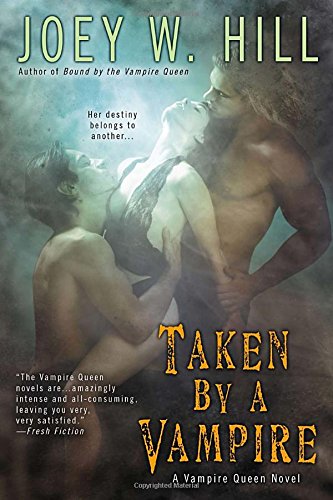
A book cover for Taken by a Vampire (A Vampire Queen Novel); Joey W. Hill; Romance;